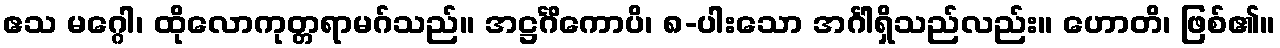
ဧသ မဂ္ဂေါ၊ ထိုလောကုတ္တရာမဂ်သည်။ အဋ္ဌင်္ဂိကောပိ၊ ၈-ပါးသော အင်္ဂါရှိသည်လည်း။ ဟောတိ၊ ဖြစ်၏။